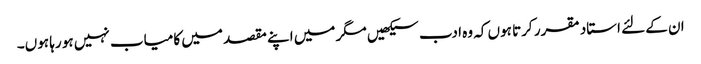
ان کے لئے استاد مقرر کرتا ہوں کہ وہ ادب سیکھیں مگر میں اپنے مقصد میں کامیاب نہیں ہو رہا ہوں۔